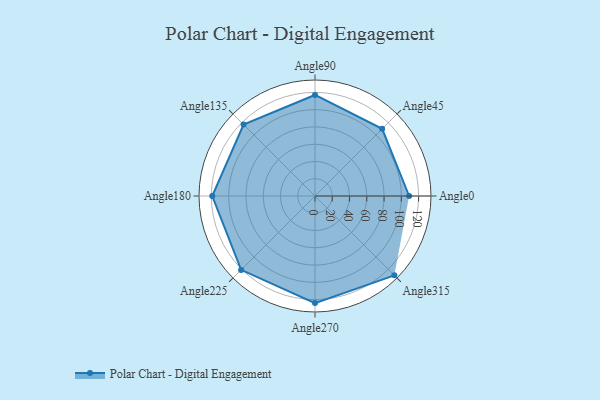
{"axis": {"x": "Angle", "y": "Radius"}, "legend": [""], "data": [{"x": "Angle0", "y": 109.0, "type": ""}, {"x": "Angle45", "y": 110.0, "type": ""}, {"x": "Angle90", "y": 117.0, "type": ""}, {"x": "Angle135", "y": 117.0, "type": ""}, {"x": "Angle180", "y": 119.0, "type": ""}, {"x": "Angle225", "y": 121.0, "type": ""}, {"x": "Angle270", "y": 124.0, "type": ""}, {"x": "Angle315", "y": 130.0, "type": ""}]}